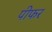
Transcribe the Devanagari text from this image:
पीफर